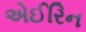
એઈરિન